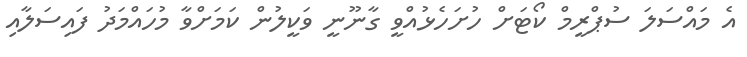
އެ މައްސަލަ ސުޕްރީމް ކޯޓަށް ހުށަހެޅުއްވީ ގާނޫނީ ވަކީލުން ކަމަށްވާ މުހައްމަދު ފައިސަލާއި